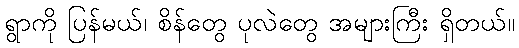
ရွာကို ပြန်မယ်၊ စိန်တွေ ပုလဲတွေ အများကြီး ရှိတယ်။